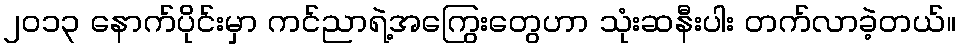
၂၀၁၃ နောက်ပိုင်းမှာ ကင်ညာရဲ့အကြွေးတွေဟာ သုံးဆနီးပါး တက်လာခဲ့တယ်။